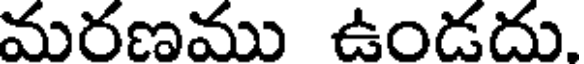
మరణము ఉండదు.